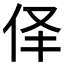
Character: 𱎪